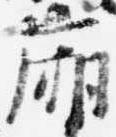
廂